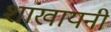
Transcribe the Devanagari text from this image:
शांखायनी